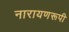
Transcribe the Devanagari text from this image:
नारायणरूपी